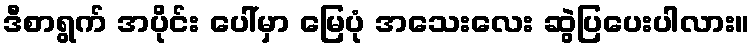
ဒီစာရွက် အပိုင်း ပေါ်မှာ မြေပုံ အသေးလေး ဆွဲပြပေးပါလား။